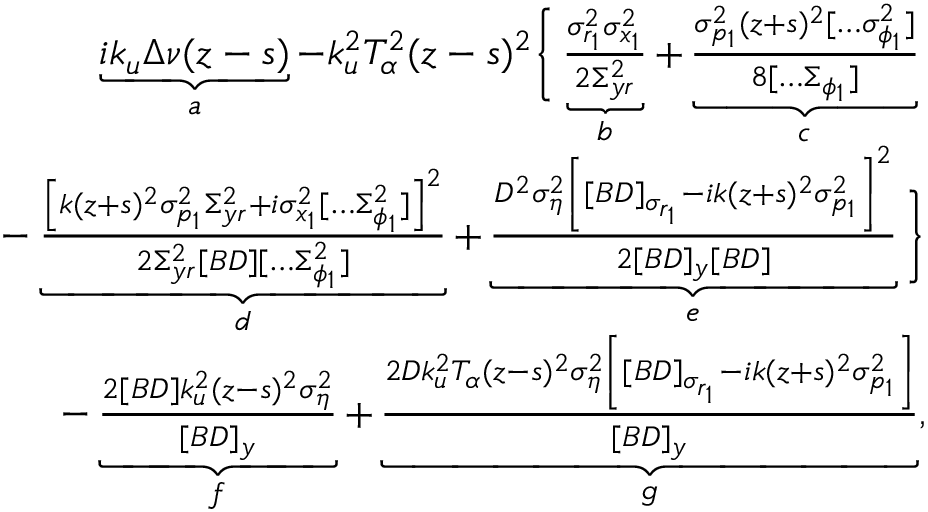
\begin{array} { r l r } & { } & { \underbrace { i k _ { u } \Delta \nu ( z - s ) } _ { a } - k _ { u } ^ { 2 } T _ { \alpha } ^ { 2 } ( z - s ) ^ { 2 } \Bigg \{ \underbrace { \frac { \sigma _ { r _ { 1 } } ^ { 2 } \sigma _ { x _ { 1 } } ^ { 2 } } { 2 \Sigma _ { y r } ^ { 2 } } } _ { b } + \underbrace { \frac { \sigma _ { p _ { 1 } } ^ { 2 } ( z + s ) ^ { 2 } [ \hdots \sigma _ { \phi _ { 1 } } ^ { 2 } ] } { 8 [ \hdots \Sigma _ { \phi _ { 1 } } ] } } _ { c } \Bigg . } \\ & { } & { \qquad \Bigg . - \underbrace { \frac { \left[ k ( z + s ) ^ { 2 } \sigma _ { p _ { 1 } } ^ { 2 } \Sigma _ { y r } ^ { 2 } + i \sigma _ { x _ { 1 } } ^ { 2 } [ \hdots \Sigma _ { \phi _ { 1 } } ^ { 2 } ] \right] ^ { 2 } } { 2 \Sigma _ { y r } ^ { 2 } [ B D ] [ \hdots \Sigma _ { \phi _ { 1 } } ^ { 2 } ] } } _ { d } + \underbrace { \frac { D ^ { 2 } \sigma _ { \eta } ^ { 2 } \left[ [ B D ] _ { \sigma _ { r _ { 1 } } } - i k ( z + s ) ^ { 2 } \sigma _ { p _ { 1 } } ^ { 2 } \right] ^ { 2 } } { 2 [ B D ] _ { y } [ B D ] } } _ { e } \Bigg \} } \\ & { } & { \qquad - \underbrace { \frac { 2 [ B D ] k _ { u } ^ { 2 } ( z - s ) ^ { 2 } \sigma _ { \eta } ^ { 2 } } { [ B D ] _ { y } } } _ { f } + \underbrace { \frac { 2 D k _ { u } ^ { 2 } T _ { \alpha } ( z - s ) ^ { 2 } \sigma _ { \eta } ^ { 2 } \left[ [ B D ] _ { \sigma _ { r _ { 1 } } } - i k ( z + s ) ^ { 2 } \sigma _ { p _ { 1 } } ^ { 2 } \right] } { [ B D ] _ { y } } } _ { g } , } \end{array}